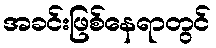
အခင်းဖြစ်နေရာတွင်